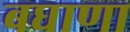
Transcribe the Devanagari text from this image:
बघाणा